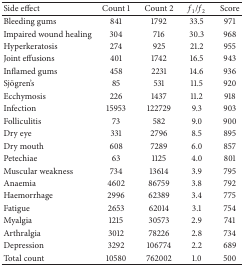
<table><thead><tr><td><b>Side effect</b></td><td><b>Count 1</b></td><td><b>Count 2</b></td><td><b><i>f</i><sub>1</sub>/<i>f</i><sub>2</sub></b></td><td><b>Score</b></td></tr></thead><tbody><tr><td>Bleeding gums</td><td>841</td><td>1792</td><td>33.5</td><td>971</td></tr><tr><td>Impaired wound healing</td><td>304</td><td>716</td><td>30.3</td><td>968</td></tr><tr><td>Hyperkeratosis</td><td>274</td><td>925</td><td>21.2</td><td>955</td></tr><tr><td>Joint effusions</td><td>401</td><td>1742</td><td>16.5</td><td>943</td></tr><tr><td>Inflamed gums</td><td>458</td><td>2231</td><td>14.6</td><td>936</td></tr><tr><td>Sjögren&#x27;s</td><td>85</td><td>531</td><td>11.5</td><td>920</td></tr><tr><td>Ecchymosis</td><td>226</td><td>1437</td><td>11.2</td><td>918</td></tr><tr><td>Infection</td><td>15953</td><td>122729</td><td>9.3</td><td>903</td></tr><tr><td>Folliculitis</td><td>73</td><td>582</td><td>9.0</td><td>900</td></tr><tr><td>Dry eye</td><td>331</td><td>2796</td><td>8.5</td><td>895</td></tr><tr><td>Dry mouth</td><td>608</td><td>7289</td><td>6.0</td><td>857</td></tr><tr><td>Petechiae</td><td>63</td><td>1125</td><td>4.0</td><td>801</td></tr><tr><td>Muscular weakness</td><td>734</td><td>13614</td><td>3.9</td><td>795</td></tr><tr><td>Anaemia</td><td>4602</td><td>86759</td><td>3.8</td><td>792</td></tr><tr><td>Haemorrhage</td><td>2996</td><td>62389</td><td>3.4</td><td>775</td></tr><tr><td>Fatigue</td><td>2653</td><td>62014</td><td>3.1</td><td>754</td></tr><tr><td>Myalgia</td><td>1215</td><td>30573</td><td>2.9</td><td>741</td></tr><tr><td>Arthralgia</td><td>3012</td><td>78226</td><td>2.8</td><td>734</td></tr><tr><td>Depression</td><td>3292</td><td>106774</td><td>2.2</td><td>689</td></tr><tr><td>Total count</td><td>10580</td><td>762002</td><td>1.0</td><td>500</td></tr></tbody></table>